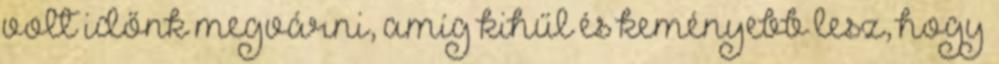
volt időnk megvárni, amíg kihűl és keményebb lesz, hogy